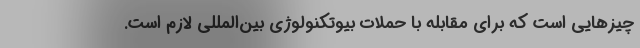
چیزهایی است که برای مقابله با حملات بیوتکنولوژی بین‌المللی لازم است.